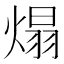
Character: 𤌙